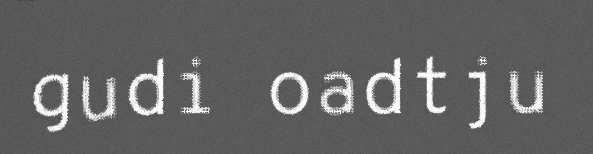
gudi oadtju